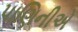
પાણિનીએ